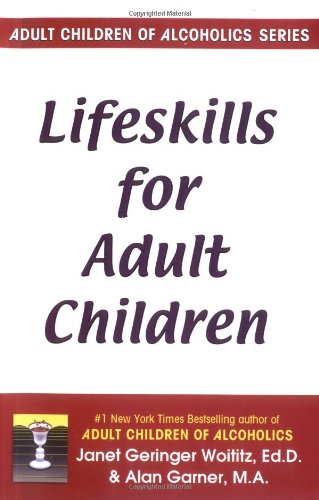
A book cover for Lifeskills for Adult Children; Janet G. Woititz; Self-Help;